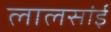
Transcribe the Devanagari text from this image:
लालसांई